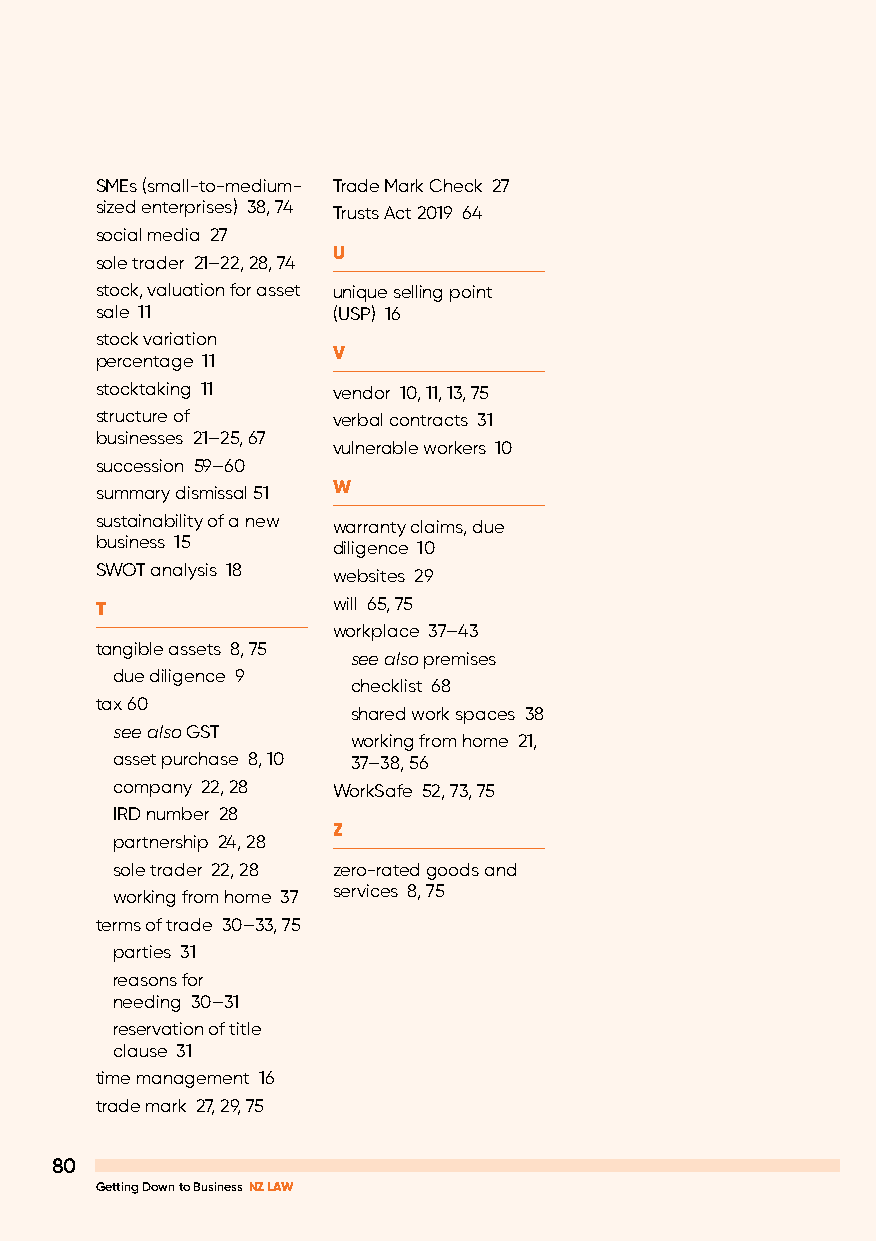
SMEs (small-to-medium- Trade Mark Check 27
 sized enterprises) 38, 74 Trusts Act 2019 64
 social media 27
 U
 sole trader 21–22, 28, 74
 stock, valuation for asset unique selling point
 sale 11         (USP) 16
 stock variation
 V
 percentage 11
 stocktaking 11  vendor 10, 11, 13, 75
 structure of    verbal contracts 31
 businesses 21–25, 67
 vulnerable workers 10
 succession 59–60
 summary dismissal 51 W
 sustainability of a new warranty claims, due
 business 15     diligence 10
 SWOT analysis 18 websites 29
 will 65, 75
 T
 workplace 37–43
 tangible assets 8, 75
 see also premises
 due diligence 9
 checklist 68
 tax 60
 shared work spaces 38
 see also GST
 working from home 21,
 asset purchase 8, 10 37–38, 56
 company 22, 28 WorkSafe 52, 73, 75
 IRD number 28
 Z
 partnership 24, 28
 sole trader 22, 28 zero-rated goods and
 working from home 37 services 8, 75
 terms of trade 30–33, 75
 parties 31
 reasons for
 needing 30–31
 reservation of title
 clause 31
 time management 16
 trade mark 27, 29, 75
 80
 Getting Down to Business NZ LAW